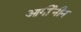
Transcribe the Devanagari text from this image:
आर्गीनीन